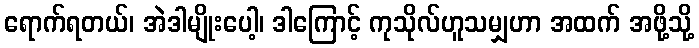
ရောက်ရတယ်၊ အဲဒါမျိုးပေါ့၊ ဒါကြောင့် ကုသိုလ်ဟူသမျှဟာ အထက် အဖို့သို့